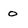
Character: o